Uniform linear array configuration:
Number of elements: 24
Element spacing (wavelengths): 1
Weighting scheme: kaiser
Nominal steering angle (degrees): -30
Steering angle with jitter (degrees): -28.02
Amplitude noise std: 0.05
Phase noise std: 0.05

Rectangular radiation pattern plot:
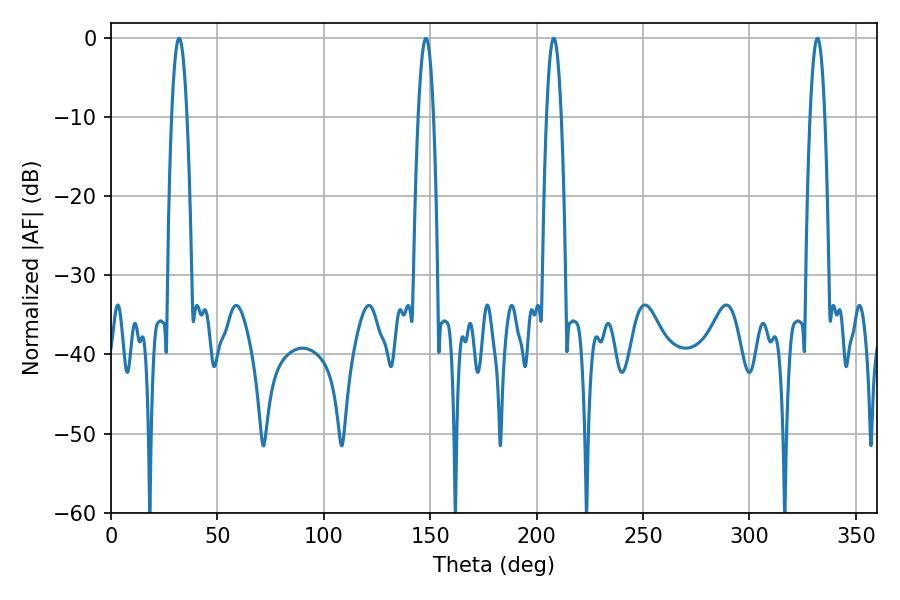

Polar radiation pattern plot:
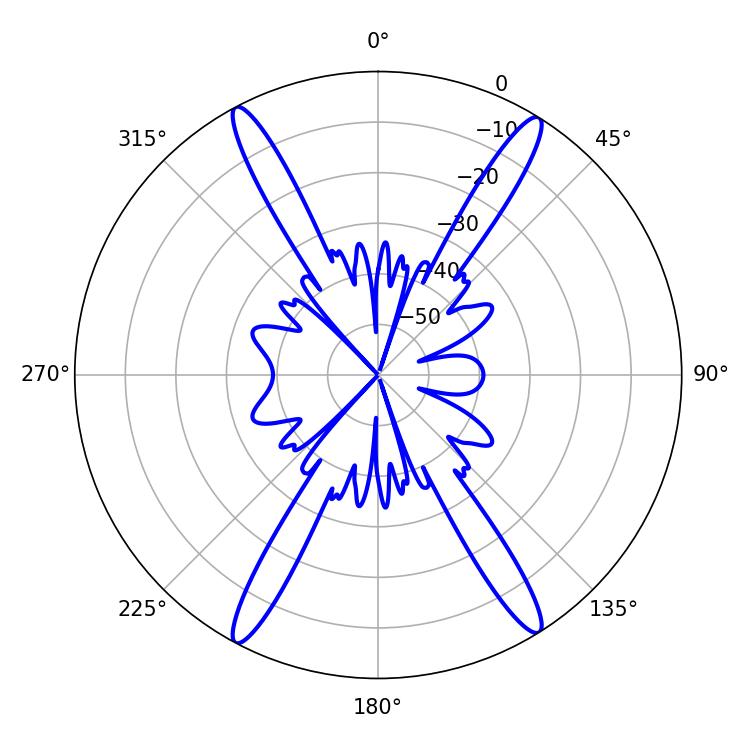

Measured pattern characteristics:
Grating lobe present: TRUE
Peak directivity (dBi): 22.305
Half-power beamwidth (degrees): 3.96
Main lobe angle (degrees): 32.04